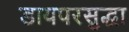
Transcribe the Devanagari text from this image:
डायपरसुद्धा